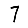
Digit: 7